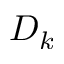
D _ { k }